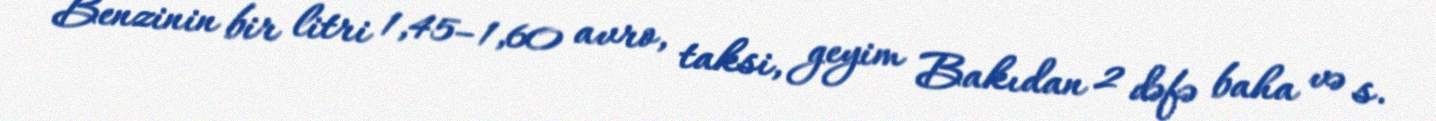
Benzinin bir litri 1,45–1,60 avro, taksi, geyim Bakıdan 2 dəfə baha və s.